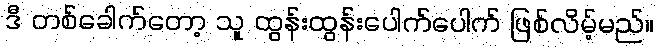
ဒီ တစ်ခေါက်တော့ သူ ထွန်းထွန်းပေါက်ပေါက် ဖြစ်လိမ့်မည်။